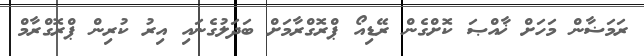
ރަމަޟާން މަހަށް ޚާއްޞަ ކޮށްގެން ރޭޑިއޯ ޕްރޮގްރާމަށް ބަދަލުގެނައި އިރު ކުރިން ޕްރޮގްރާމް